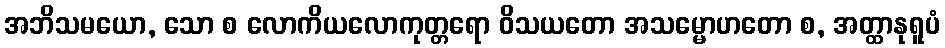
အဘိသမယော, သော စ လောကိယလောကုတ္တရော ဝိသယတော အသမ္မောဟတော စ, အတ္ထာနုရူပံ